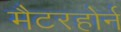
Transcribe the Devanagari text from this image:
मैटरहोर्न